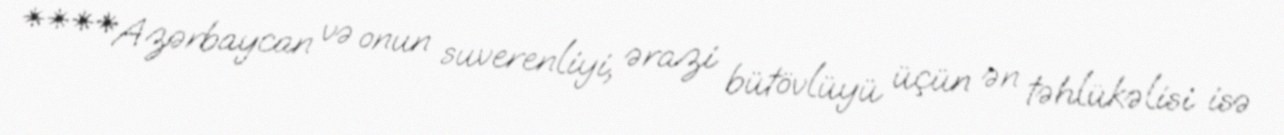
****Azərbaycan və onun suverenliyi, ərazi bütövlüyü üçün ən təhlükəlisi isə